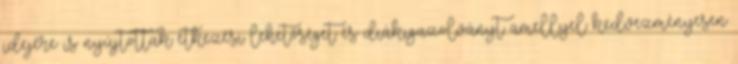
idejére is nyújtottak étkezési lehetőséget és diákigazolványt amellyel kedvezményesen